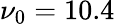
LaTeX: \nu_{0}=10.4